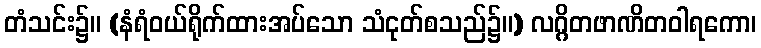
တံသင်း၌။ (နံရံဝယ်ရိုက်ထားအပ်သော သံငုတ်စသည်၌။) လဂ္ဂိတဖာဏိတဝါရကော၊